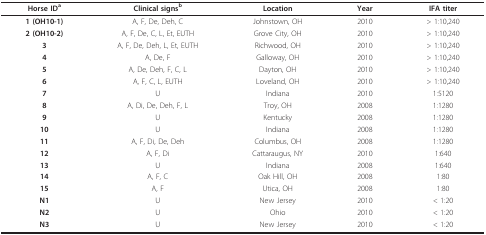
<table><thead><tr><td><b>Horse ID<sup>a</sup></b></td><td><b>Clinical signs<sup>b</sup></b></td><td><b>Location</b></td><td><b>Year</b></td><td><b>IFA titer</b></td></tr></thead><tbody><tr><td><b>1 (OH10-1)</b></td><td>A, F, De, Deh, C</td><td>Johnstown, OH</td><td>2010</td><td>&gt; 1:10,240</td></tr><tr><td><b>2 (OH10-2)</b></td><td>A, F, De, C, L, Et, EUTH</td><td>Grove City, OH</td><td>2010</td><td>&gt; 1:10,240</td></tr><tr><td><b>3</b></td><td>A, F, De, Deh, L, Et, EUTH</td><td>Richwood, OH</td><td>2010</td><td>&gt; 1:10,240</td></tr><tr><td><b>4</b></td><td>A, De, F</td><td>Galloway, OH</td><td>2010</td><td>&gt; 1:10,240</td></tr><tr><td><b>5</b></td><td>A, De, Deh, F, C, L</td><td>Dayton, OH</td><td>2010</td><td>&gt; 1:10,240</td></tr><tr><td><b>6</b></td><td>A, F, C, L, EUTH</td><td>Loveland, OH</td><td>2010</td><td>&gt; 1:10,240</td></tr><tr><td><b>7</b></td><td>U</td><td>Indiana</td><td>2010</td><td>1:5120</td></tr><tr><td><b>8</b></td><td>A, Di, De, Deh, F, L</td><td>Troy, OH</td><td>2008</td><td>1:1280</td></tr><tr><td><b>9</b></td><td>U</td><td>Kentucky</td><td>2008</td><td>1:1280</td></tr><tr><td><b>10</b></td><td>U</td><td>Indiana</td><td>2008</td><td>1:1280</td></tr><tr><td><b>11</b></td><td>A, F, Di, De, Deh</td><td>Columbus, OH</td><td>2008</td><td>1:1280</td></tr><tr><td><b>12</b></td><td>A, F, Di</td><td>Cattaraugus, NY</td><td>2010</td><td>1:640</td></tr><tr><td><b>13</b></td><td>U</td><td>Indiana</td><td>2008</td><td>1:640</td></tr><tr><td><b>14</b></td><td>A, F, C</td><td>Oak Hill, OH</td><td>2008</td><td>1:80</td></tr><tr><td><b>15</b></td><td>A, F</td><td>Utica, OH</td><td>2008</td><td>1:80</td></tr><tr><td><b>N1</b></td><td>U</td><td>New Jersey</td><td>2010</td><td>&lt; 1:20</td></tr><tr><td><b>N2</b></td><td>U</td><td>Ohio</td><td>2010</td><td>&lt; 1:20</td></tr><tr><td><b>N3</b></td><td>U</td><td>New Jersey</td><td>2010</td><td>&lt; 1:20</td></tr></tbody></table>